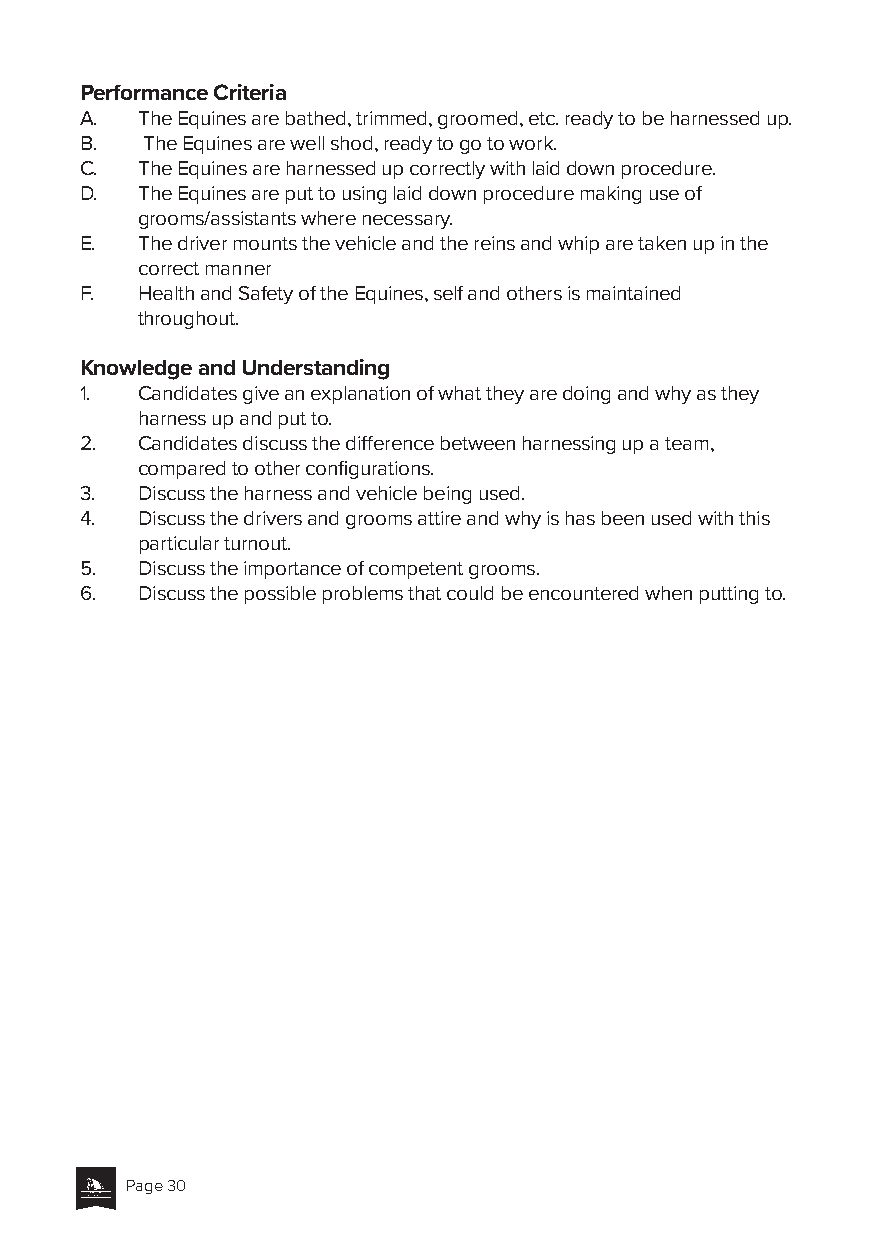
Performance Criteria
 A.  The Equines are bathed, trimmed, groomed, etc. ready to be harnessed up.
 B.  The Equines are well shod, ready to go to work.
 C.  The Equines are harnessed up correctly with laid down procedure.
 D.  The Equines are put to using laid down procedure making use of
 grooms/assistants where necessary.
 E.  The driver mounts the vehicle and the reins and whip are taken up in the
 correct manner
 F.  Health and Safety of the Equines, self and others is maintained
 throughout.
 Knowledge and Understanding
 1.  Candidates give an explanation of what they are doing and why as they
 harness up and put to.
 2.  Candidates discuss the difference between harnessing up a team,
 compared to other configurations.
 3.  Discuss the harness and vehicle being used.
 4.  Discuss the drivers and grooms attire and why is has been used with this
 particular turnout.
 5.  Discuss the importance of competent grooms.
 6.  Discuss the possible problems that could be encountered when putting to.
 Page 30